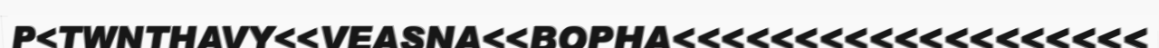
P<TWNTHAVY<<VEASNA<<BOPHA<<<<<<<<<<<<<<<<<<<